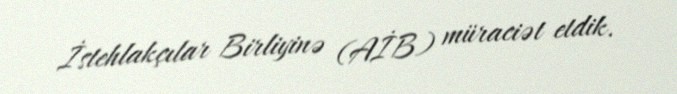
İstehlakçılar Birliyinə (AİB) müraciət etdik.